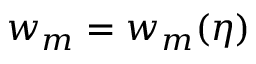
w _ { m } = w _ { m } ( \boldsymbol { \eta } )